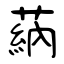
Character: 蒳